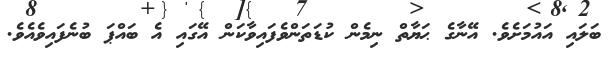
ބަލައި އައުމަށެވެ. އޭނާގެ ޙަޔާތް ނިމެން ކުޑަތަންވެފައިވާކަން އޭގައި އެ ބައްޕަ ބުނެފައިވެއެވެ.